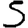
Digit: 5